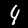
Label: 4